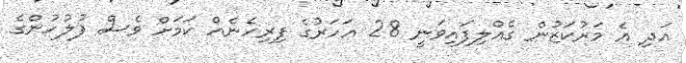
އަދި އެ މަރުކަޒުން ގެއްލިފައިވަނީ 28 އަހަރުގެ ފިރިހެނެއް ކަމަށް ވެސް ފުލުހުންގެ